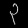
Digit: ၃